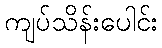
ကျပ်သိန်းပေါင်း